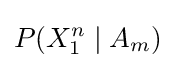
P(X_{1}^{n}\mid A_{m})